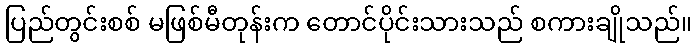
ပြည်တွင်းစစ် မဖြစ်မီတုန်းက တောင်ပိုင်းသားသည် စကားချိုသည်။